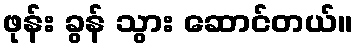
ဖုန်း ခွန် သွား ဆောင်တယ်။